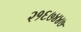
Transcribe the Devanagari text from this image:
२१६७४४७